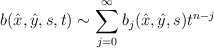
\begin{align*} b(\hat x, \hat y, s, t)\sim\sum^\infty_{j=0}b_j(\hat x,\hat y, s)t^{n-j}\end{align*}